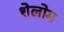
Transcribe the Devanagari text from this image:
शेलोम